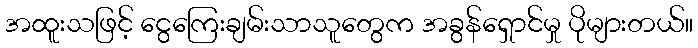
အထူးသဖြင့် ငွေကြေးချမ်းသာသူတွေက အခွန်ရှောင်မှု ပိုများတယ်။